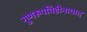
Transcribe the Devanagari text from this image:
गुणरूपविहीनत्वात्